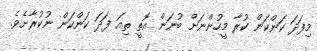
މިފަދަ ކަންކަން ކުރާ މީހުންނަށް ބުނަން އޮތީ ތިއަ ފަދަ ކަންކަން ނުކުރާށެވެ.